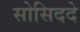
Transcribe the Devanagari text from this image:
सोसिददे